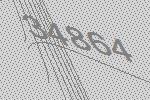
34864